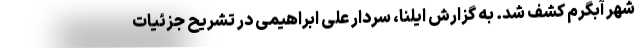
شهر آبگرم کشف شد. به گزارش ایلنا، سردار علی ابراهیمی در تشریح جزئیات